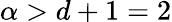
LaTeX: \alpha>d+1=2